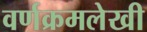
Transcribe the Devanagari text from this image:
वर्णक्रमलेखी